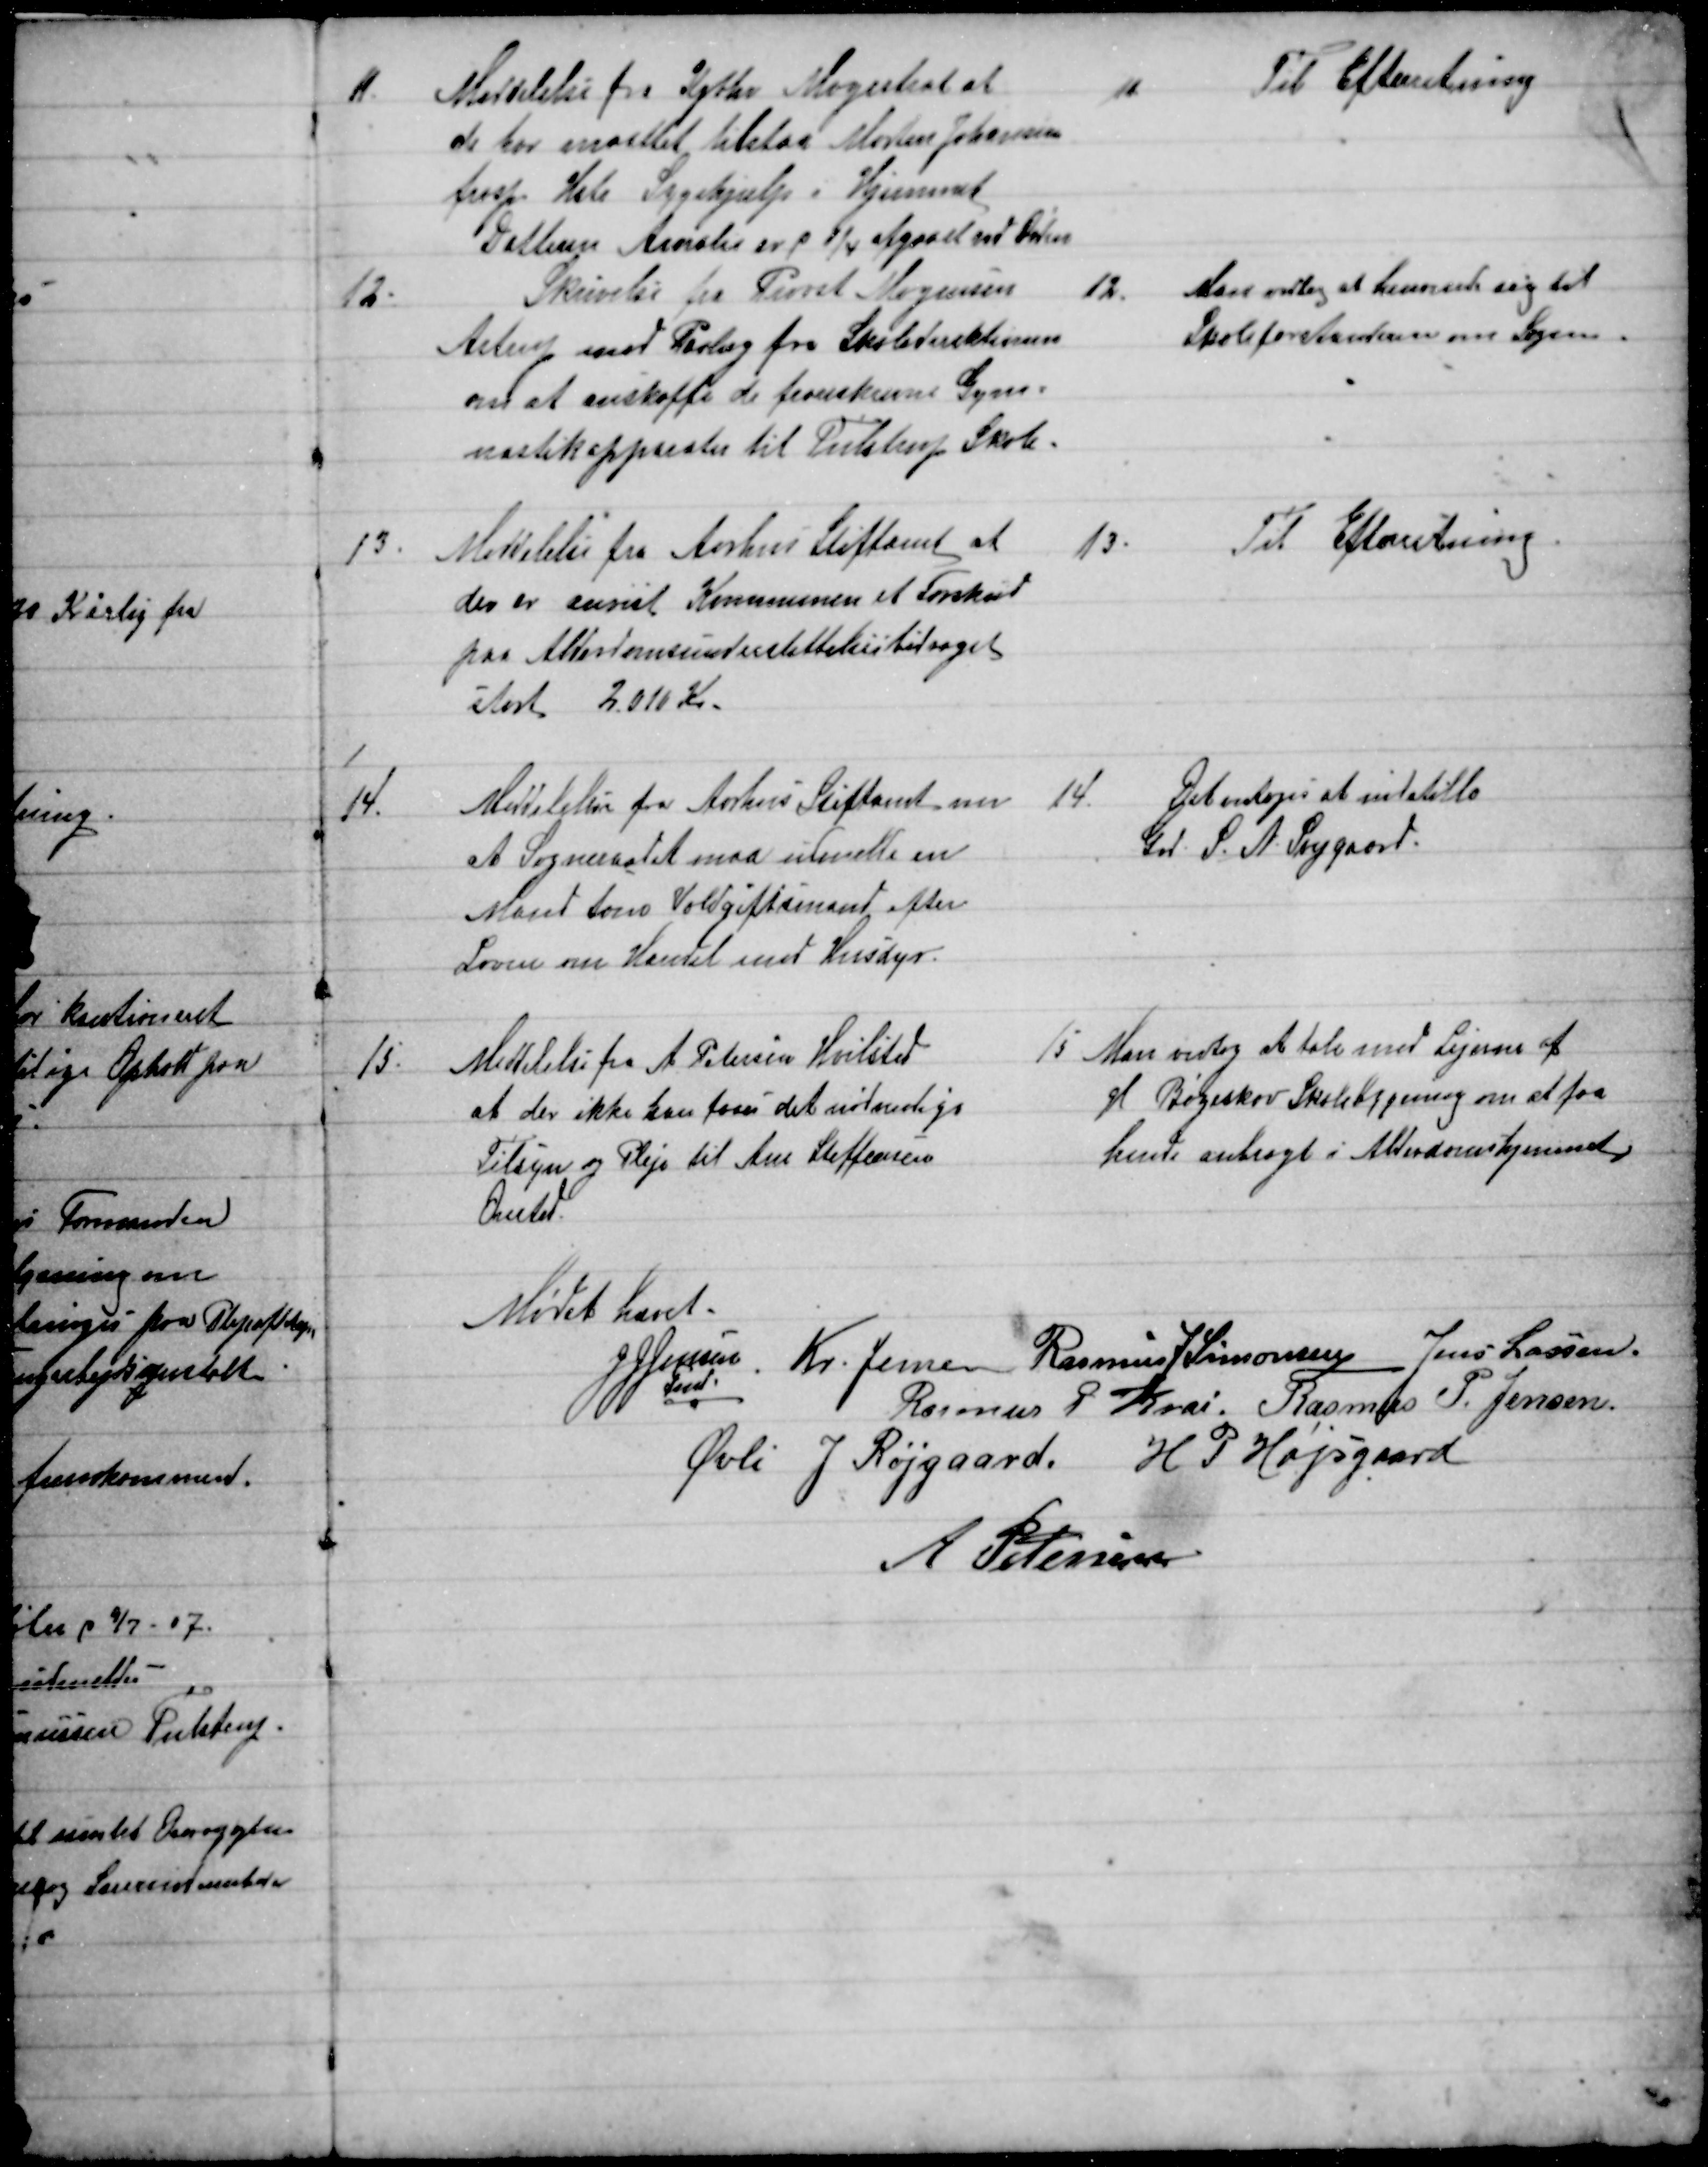
Transskription:
11.
Meddelelse fra Kjbhs Magistrat at
de har maattet tilstaa Morten Johansen
frasp Hele Sygehjælp i Hjemmet
Datteren Amalie er p 1/4 afgaaet ved Døden.
11.
Til Efterretning
12.
Skrivelse fra Provst Mogensen
Astrup med Paalæg fra Skoledirektionen
om at anskaffe de foreskrevne Gym=
nastikapparater til Tulstrup Skole.
12.
Man vedtog at henvende sig til
Skoleforstanderen om Sagen.
13.
Meddelelse fra Aarhus Stiftamt at
der er anvist Kommunen et Forskud
paa Alderdomsunderstøttelsesbidraget
stort 2.010 Kr.
13.
Til Efterretning.
14.
Meddelelse fra Aarhus Stiftamt om 
at Sogneraadet maa udmelde en
Mand som Voldgiftsmand efter
Loven om Handel med Husdyr.
14.
Det vedtoges at indstille
Grd. S. N. Svejgaard.
15.
Medelelse fra A Petersen Hvilsted
at der ikke kan føres det nødvenlige
Tilsyn og Pleje til Ane Steffensen
Onsted
15
Man vedtog at tale med Lejerne af
gl Bøgeskov Skolebygning om at faa
hende anbragt i Alderdomshjemmet.
Mødet hævet.
J J Jensen
Fmd.
Kr. Jensen  Rasmus J Simonsen  Jens Lassen.
Rasmus P. Krai. Rasmus P. Jensen.
Øvli J Røjgaard. H. P. Højsgaard
A. Petersen